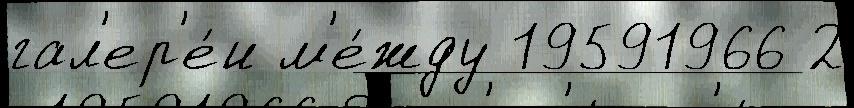
гал'ер'е́и м'е́жду 19591966 2